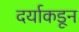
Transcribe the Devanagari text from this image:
दर्याकडून